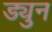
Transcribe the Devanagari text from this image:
ड्युन